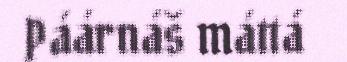
Páárnáš máttá